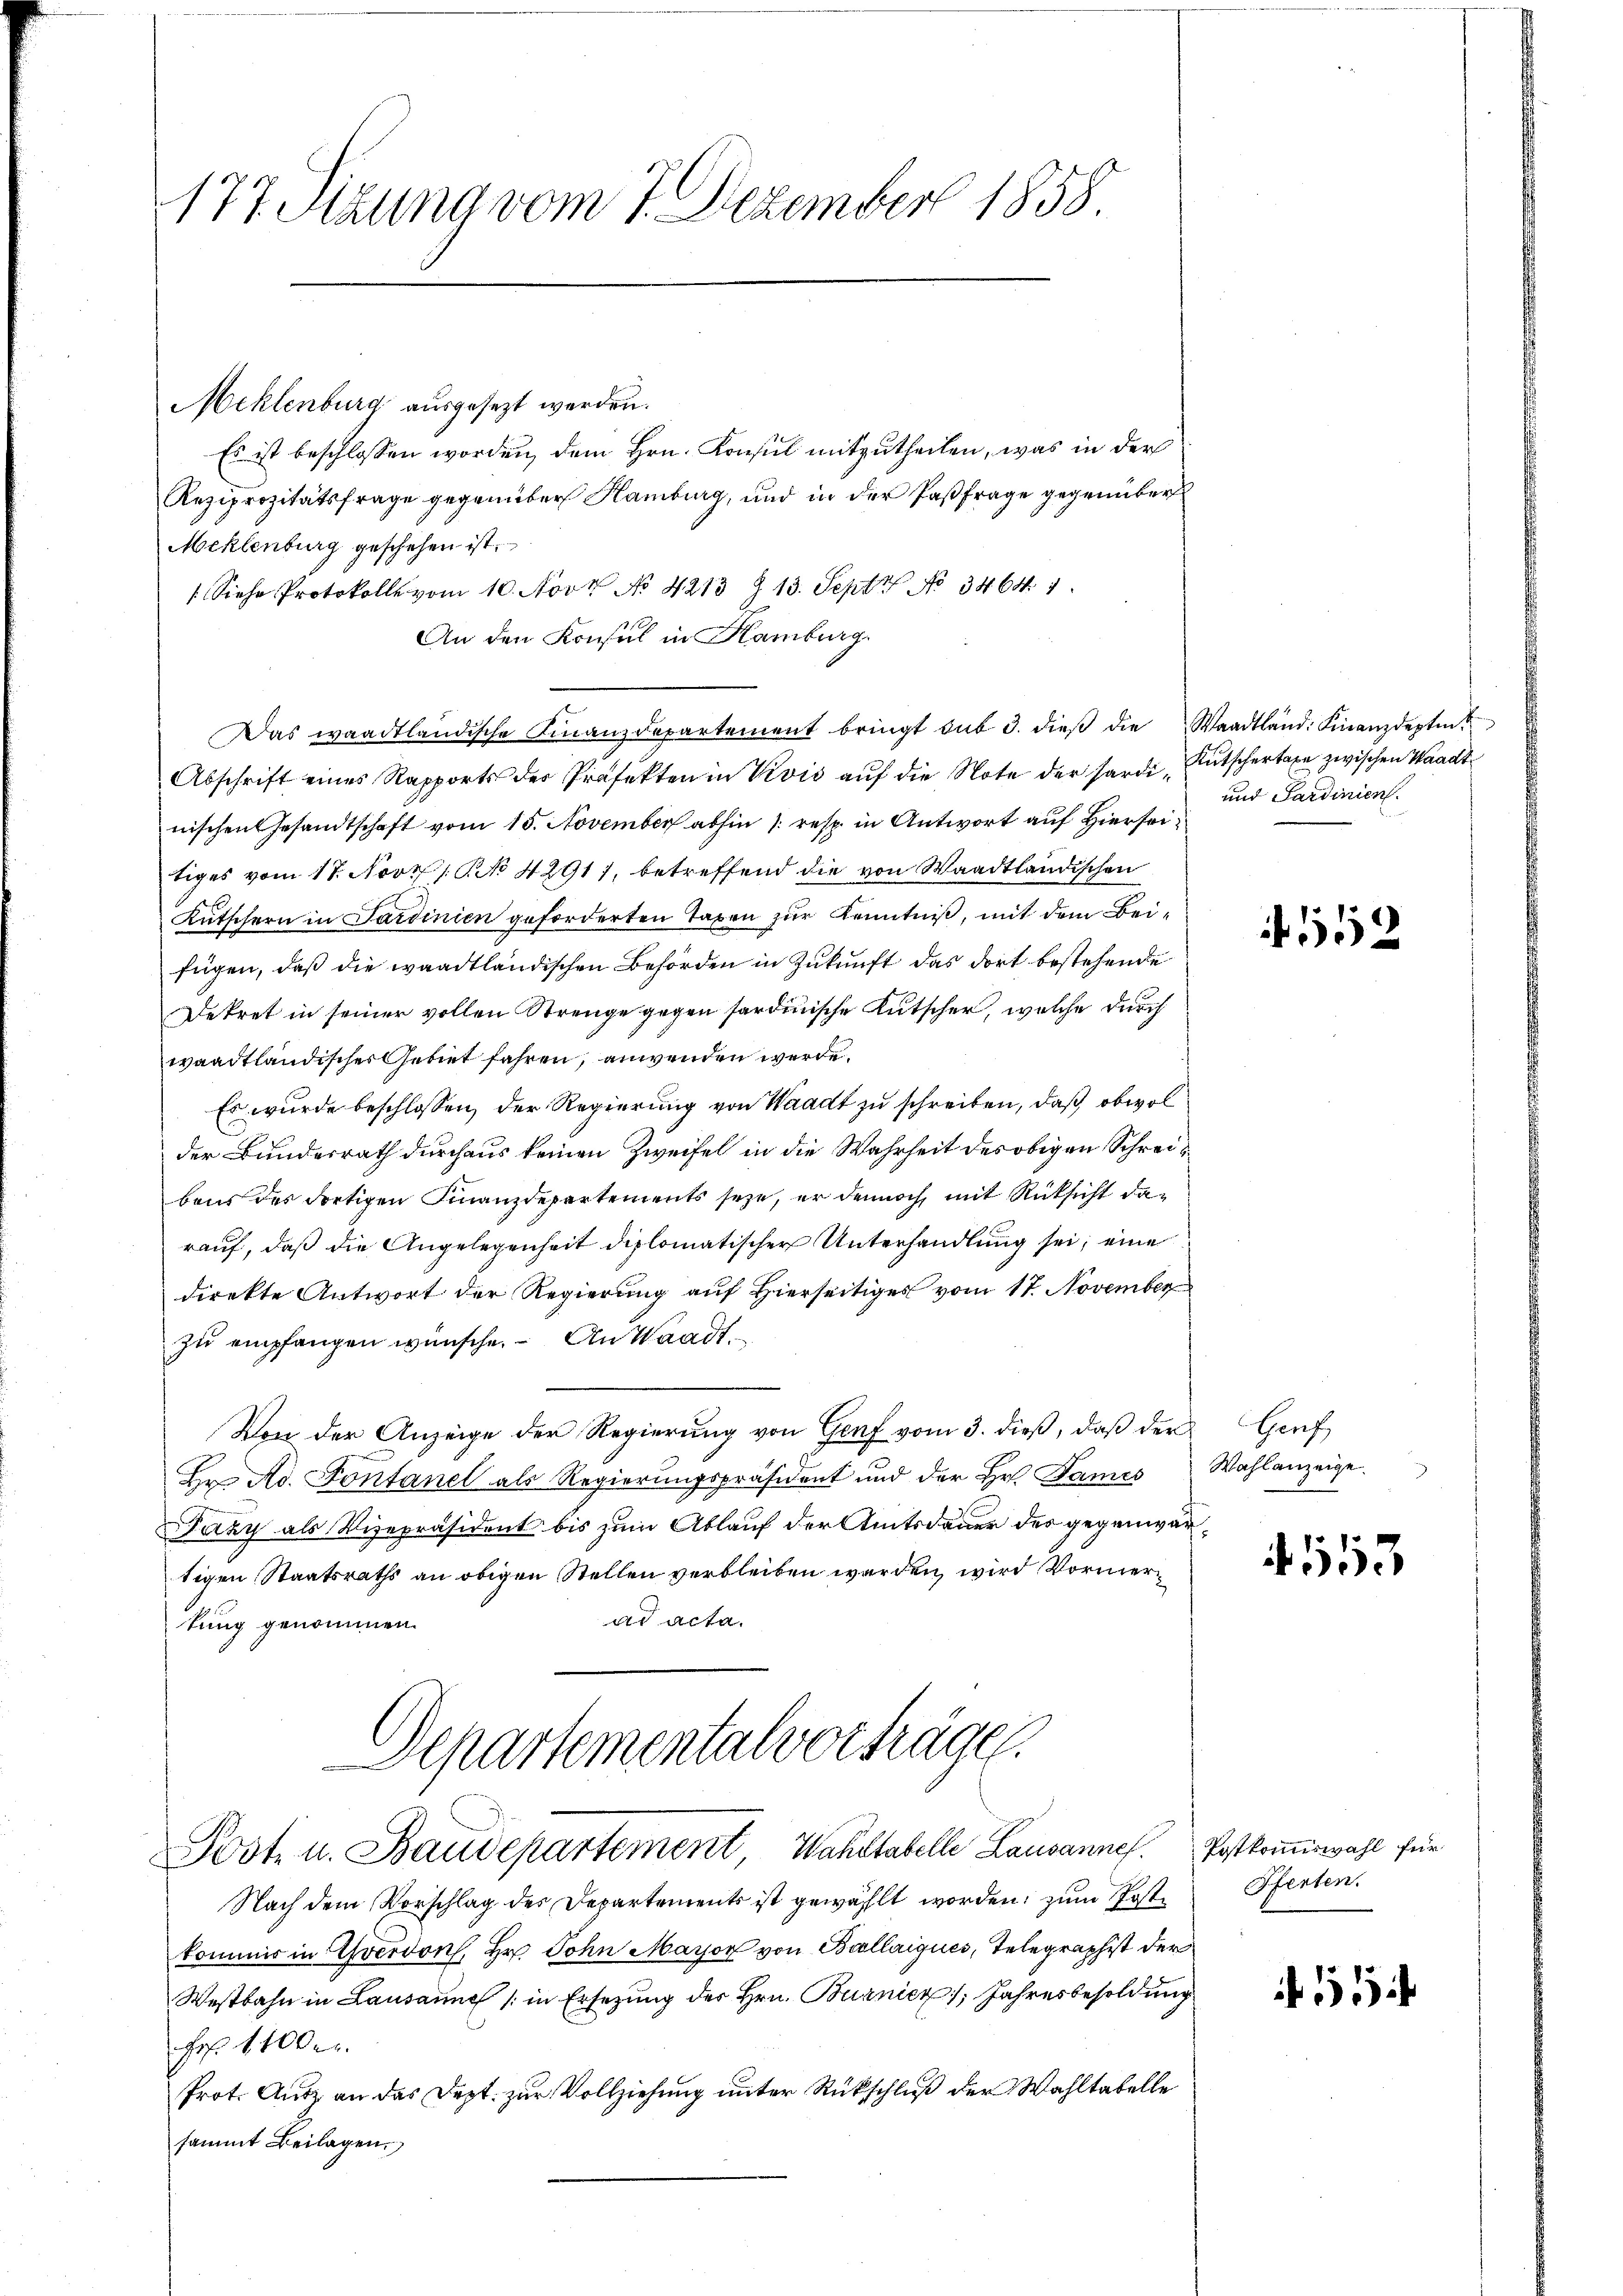
177 Sizung vom 7. Dezember 1858.

Meklenburg ausgesezt werden.
Es ist beschlossen worden, dem Hrn. Konsul mitzutheilen, was in der
Reziprozitätsfrage gegenüber Hamburg, und in der Pastfrage gegenüber
Meklenburg geschehen ist.
Siehe Protokoll vom 10. Novk No 4213 § 13. Sept No 3464. 1
An den Konsul in Hamburg
Das waadtländische Finanzdepartement bringt sub 3. dieβ die Waadtland: Finanzdeptin
Abschrift eines Rapports der Präfekten in Vivis aŭf die Note der Sardi Kutschertaxe zwischen Waadtnischen Gesandtschaft vom 15. November abhin /: resp. in Antwort auf Hierseitiges vom 17. Nov. 1. No 42911, betreffend die von Waadtländischen
Kutschern in Sardinien geforderten Taxen zur Kenntniß, mit dem Beifügen, daß die waadtländischen Behörden in Zukunft das dort bestehende
Dekret in seiner vollen Strenge gegen sardinische Kutscher, welche durch
waadtländisches Gebiet fahren, anwenden werde.
Es wurde beschlossen, der Regierung von Waadt zu schreiben, daß obwol
der Bundesrath durchaus keinen Zweifel in die Wahrheit des obigen Schreibens des dortigen Finanzdepartements seye, er dennoch, mit Rücksicht darauf, daß die Angelegenheit diplomatischer Unterhandlung sei; eine
direkte Antwort der Regierung auf Hierseitiges vom 17. November
zu empfangen wünsche. An Waadt,
Von der Anzeige der Regierung von Genf vom 3. dieß, daß der
Er. A. Fontanel als Regierungspräsident und der Hr. James
Jazy als Vizepräsident bis zum Ablauf der Amtsdauer des gegenwärtigen Staatsraths an obigen Stellen verbleiben werden, wird Vormerad acta.
tung genommen.
Departementalverträgen.

Post u. Baudepartement Wahltabelle Lausannes. Postkommiswahl für

und Sardinien.

Nach dem Vorschlag des Departements ist gewählt worden, zum Postkommer in Yverdons. Hr. John Mayor von Ballaigues, Telegraphist der
Westbahn in Lausanne (in Ersetzung des Hrn. Burnier, Jahresbesoldung
Frs. 1400. r.
Prot. Autz an das Dept. zur Vollziehung unter Rückschluß der Wahltabelle
sammt Beilagen

552

Genf
Wahlanzeige.

513

Pferten.

11